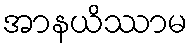
အာနယိဿာမ